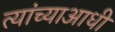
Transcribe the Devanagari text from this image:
त्यांच्याआधी